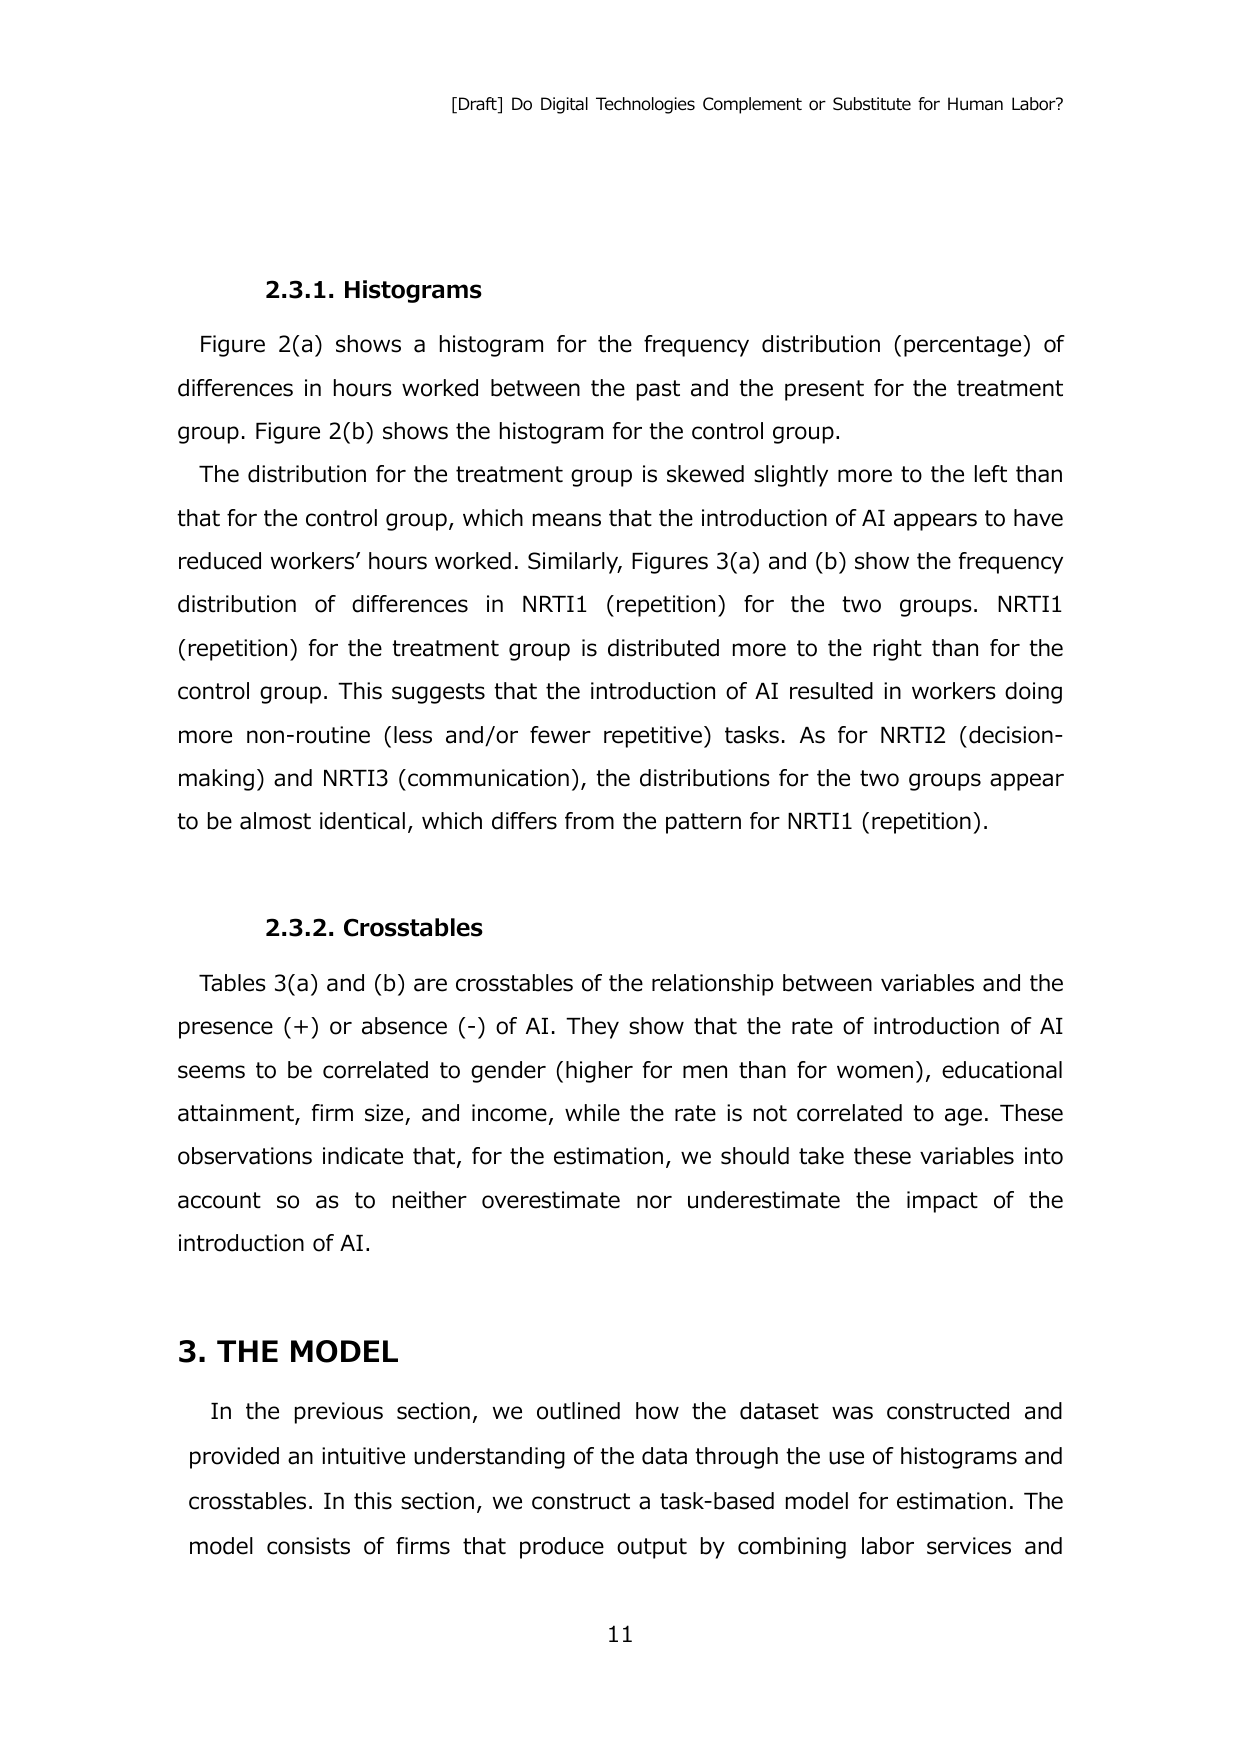
[Draft] Do Digital Technologies Complement or Substitute for Human Labor?

2.3.1. Histograms
Figure 2(a) shows a histogram for the frequency distribution (percentage) of differences in hours worked between the past and the present for the treatment group. Figure 2(b) shows the histogram for the control group.
The distribution for the treatment group is skewed slightly more to the left than that for the control group, which means that the introduction of AI appears to have reduced workers’ hours worked. Similarly, Figures 3(a) and (b) show the frequency distribution of differences in NRTI1 (repetition) for the two groups. NRTI1 (repetition) for the treatment group is distributed more to the right than for the control group. This suggests that the introduction of AI resulted in workers doing more non-routine (less and/or fewer repetitive) tasks. As for NRTI2 (decision-making) and NRTI3 (communication), the distributions for the two groups appear to be almost identical, which differs from the pattern for NRTI1 (repetition).

2.3.2. Crosstables
Tables 3(a) and (b) are crosstables of the relationship between variables and the presence (+) or absence (-) of AI. They show that the rate of introduction of AI seems to be correlated to gender (higher for men than for women), educational attainment, firm size, and income, while the rate is not correlated to age. These observations indicate that, for the estimation, we should take these variables into account so as to neither overestimate nor underestimate the impact of the introduction of AI.

3. THE MODEL
In the previous section, we outlined how the dataset was constructed and provided an intuitive understanding of the data through the use of histograms and crosstables. In this section, we construct a task-based model for estimation. The model consists of firms that produce output by combining labor services and

11